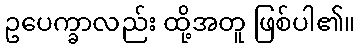
ဥပေက္ခာလည်း ထို့အတူ ဖြစ်ပါ၏။